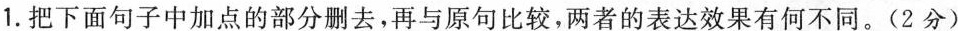
1.把下面句子中加点的部分删去，再与原句比较，两者的表达效果有何不同。(2分)